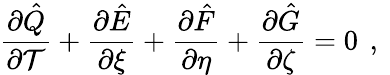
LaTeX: \frac{\partial\hat{Q}}{\partial\mathcal{T}}+\frac{\partial\hat{E}}{\partial\xi}+\frac{\partial\hat{F}}{\partial\eta}+\frac{\partial\hat{G}}{\partial\zeta}=0\, \mathrm{~,~}